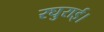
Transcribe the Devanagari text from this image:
रघुराई।